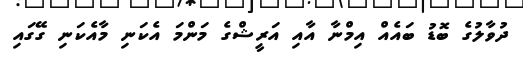
ދުވާލުގެ ބޮޑު ބައެއް އިމްނާ އާއި އަރީޝްގެ މަންމަ އެކަނި މާއެކަނި ގޭގައި